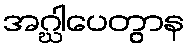
အဂ္ဃါပေတွာန